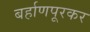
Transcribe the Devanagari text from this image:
बर्हाणपूरकर